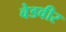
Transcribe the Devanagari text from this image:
बेडवीर